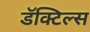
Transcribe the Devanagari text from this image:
डॅक्टिल्स